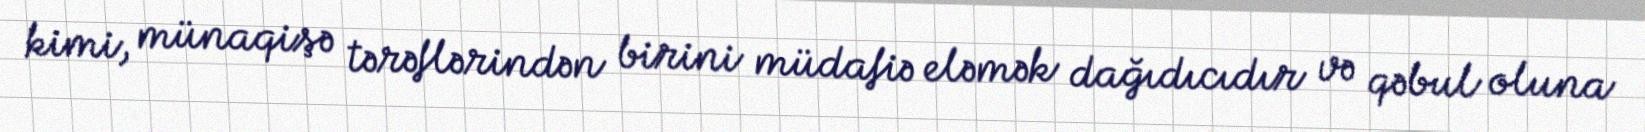
kimi, münaqişə tərəflərindən birini müdafiə eləmək dağıdıcıdır və qəbul oluna